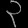
Digit: ၃